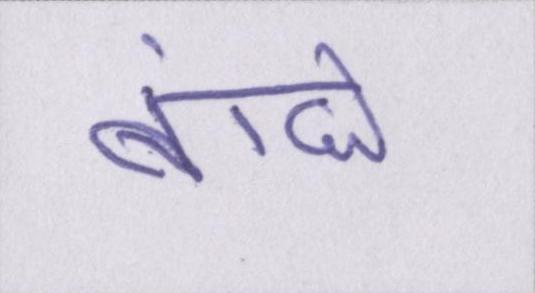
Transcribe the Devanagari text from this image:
बांधे